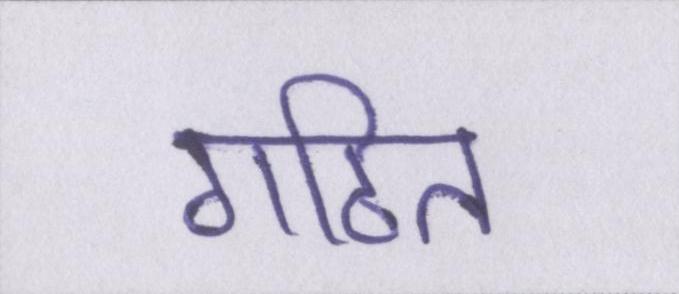
गठित